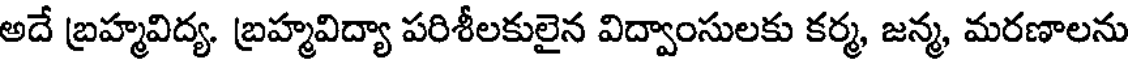
అదే బ్రహ్మవిద్య. బ్రహ్మవిద్యా పరిశీలకులైన విద్వాంసులకు కర్మ, జన్మ, మరణాలను